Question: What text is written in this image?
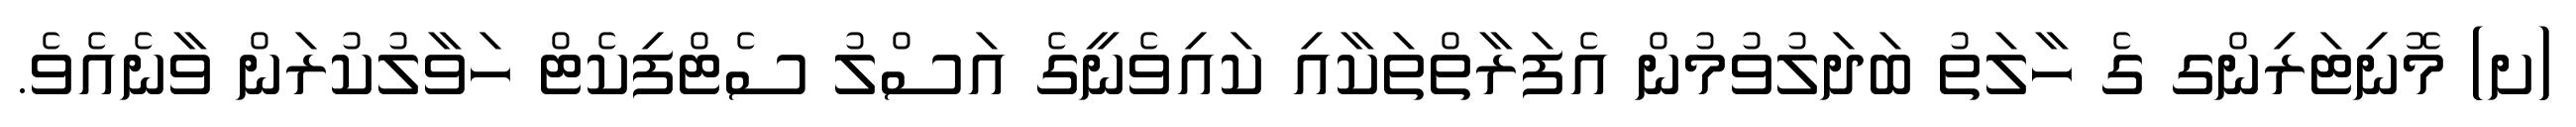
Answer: (ށ) މޮނިޓަރިންގ ގެ ހާލަތު ބަދަލުވުމުން އެފަރާތްތަކާއި ކައިވެނީގެ އަސްލު ސެޓްފިކެޓް ހަވާލުކުރަން ވާނެއެވެ.